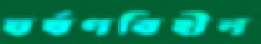
ঘর্ষণবিহীন